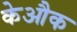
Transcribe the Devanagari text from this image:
केऔक